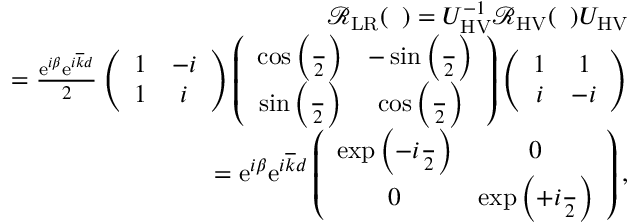
\begin{array} { r l r } & { } & { \mathcal { R } _ { \mathrm { L R } } ( { \it \Delta \phi } ) = U _ { \mathrm { H V } } ^ { - 1 } \mathcal { R } _ { \mathrm { H V } } ( { \it \Delta \phi } ) U _ { \mathrm { H V } } } \\ & { } & { = \frac { \mathrm { e } ^ { i \beta } \mathrm { e } ^ { i \overline { { k } } d } } { 2 } \left( \begin{array} { c c } { 1 } & { - i } \\ { 1 } & { i } \end{array} \right) \left( \begin{array} { c c } { \cos \left( \frac { { \it \Delta \phi } } { 2 } \right) } & { - \sin \left( \frac { { \it \Delta \phi } } { 2 } \right) } \\ { \sin \left( \frac { { \it \Delta \phi } } { 2 } \right) } & { \cos \left( \frac { { \it \Delta \phi } } { 2 } \right) } \end{array} \right) \left( \begin{array} { c c } { 1 } & { 1 } \\ { i } & { - i } \end{array} \right) } \\ & { } & { = \mathrm { e } ^ { i \beta } \mathrm { e } ^ { i \overline { { k } } d } \left( \begin{array} { c c } { \exp \left( - i \frac { { \it \Delta \phi } } { 2 } \right) } & { 0 } \\ { 0 } & { \exp \left( + i \frac { { \it \Delta \phi } } { 2 } \right) } \end{array} \right) , } \end{array}